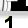
Digit: 1